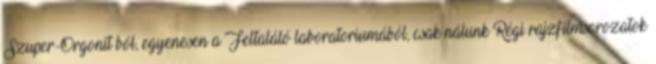
Szuper-Orgonit®ból, egyenesen a Feltaláló laboratoriumából, csak nálunk Régi rajzfilmsorozatok